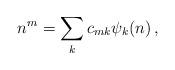
LaTeX: \begin{align*}n^m = \sum_{k} c_{mk} \psi_k(n)\,,\end{align*}